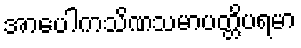
အာပေါကသိဏသမာပတ္တိပရမာ